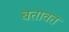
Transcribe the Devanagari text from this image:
बतावत